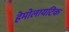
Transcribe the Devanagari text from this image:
हेमोलायटिक